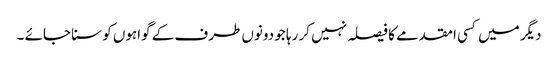
دیگر میں کسی امقدمے کا فیصلہ نہیں کر رہا جو دونوں طرف کے گواہوں کو سنا جائے ۔